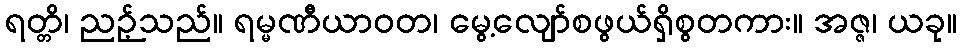
ရတ္တိ၊ ညဉ့်သည်။ ရမ္မဏီယာဝတ၊ မွေ့လျော်စဖွယ်ရှိစွတကား။ အဇ္ဇ၊ ယခု။